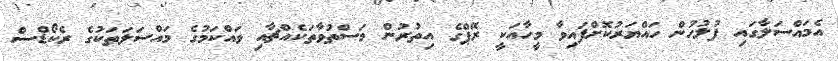
އެމައްސަލާގައި ފުލުހުން ހައްޔަރުކޮށްފައިވާ މީހާއަކީ ރޭޕްގެ އިތުރުން މަސްތުވާތަކެއްޗާއި ވައްކަމުގެ މައްސަލަތަކުގެ ރެކޯޑްސް